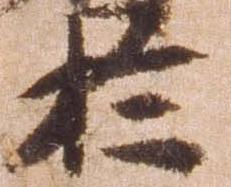
於